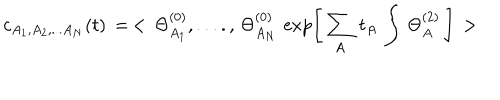
LaTeX: c _ { A _ { 1 } , A _ { 2 } , . . . A _ { N } } ( t ) \, = \, < \, \Theta _ { A _ { 1 } } ^ { ( 0 ) } , . . . . , \, \Theta _ { A _ { N } } ^ { ( 0 ) } \, \exp \left[ \, \sum _ { A } \, t _ { A } \, \int \, \Theta _ { A } ^ { ( 2 ) } \, \right] \, >